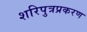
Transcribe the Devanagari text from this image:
शरिपुत्रप्रकरण